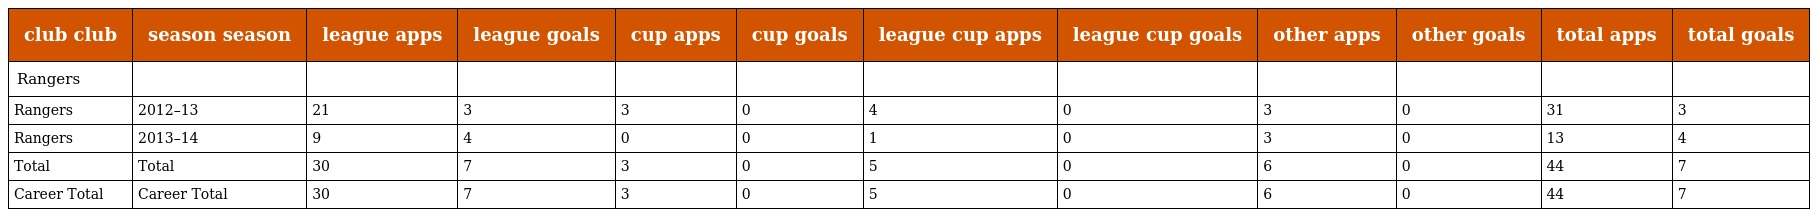
| club club | season season | league apps | league goals | cup apps | cup goals | league cup apps | league cup goals | other apps | other goals | total apps | total goals |
 | --- | --- | --- | --- | --- | --- | --- | --- | --- | --- | --- | --- |
 | Rangers |  |  |  |  |  |  |  |  |  |  |  |
 | Rangers | 2012–13 | 21 | 3 | 3 | 0 | 4 | 0 | 3 | 0 | 31 | 3 |
 | Rangers | 2013–14 | 9 | 4 | 0 | 0 | 1 | 0 | 3 | 0 | 13 | 4 |
 | Total | Total | 30 | 7 | 3 | 0 | 5 | 0 | 6 | 0 | 44 | 7 |
 | Career Total | Career Total | 30 | 7 | 3 | 0 | 5 | 0 | 6 | 0 | 44 | 7 |